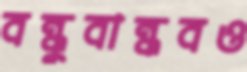
বন্ধুবান্ধবও